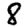
Digit: 8